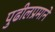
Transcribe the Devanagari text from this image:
पुढीलप्रमाने